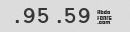
$ 59. 95.